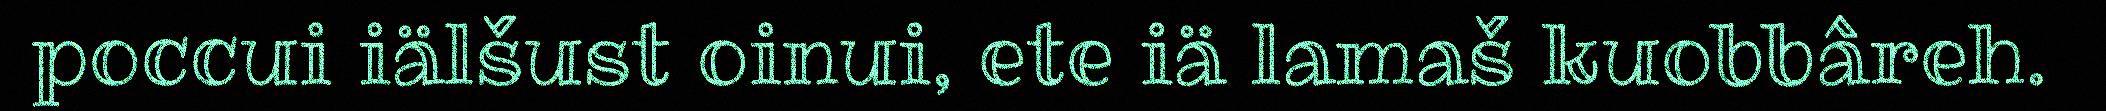
poccui iälšust oinui, ete iä lamaš kuobbâreh.